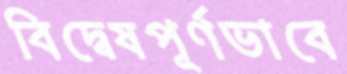
বিদ্বেষপূর্ণভাবে